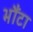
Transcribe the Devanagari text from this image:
भौंटा